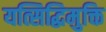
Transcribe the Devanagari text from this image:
यत्सिद्धिमुक्ति